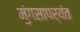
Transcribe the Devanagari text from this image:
मुंगसापर्यंत